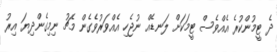
ދެ ޓީމުންކުރެ އެއްވެސް ޓީމަކަށް ލަނޑެއް ނުޖެހި އެއްވަރުވެގެން މެޗު ނިމިގެންދިޔަ އިރު